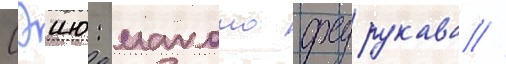
Сэию: макото фурукава //